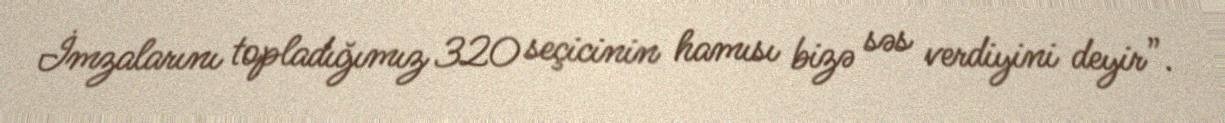
İmzalarını topladığımız 320 seçicinin hamısı bizə səs verdiyini deyir”.